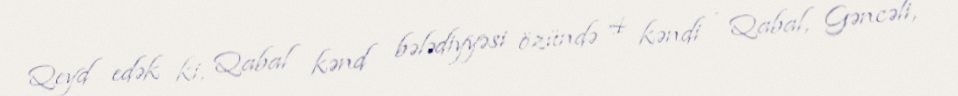
Qeyd edək ki, Qabal kənd bələdiyyəsi özündə 4 kəndi - Qabal, Gəncəli,